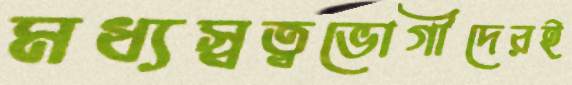
মধ্যস্বত্বভোগীদেরই